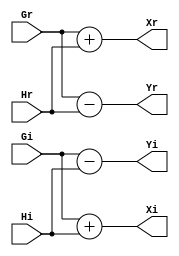
module BF (Gr,Gi,Hr,Hi,Xr,Xi,Yr,Yi);
parameter BW = 16;

input signed [BW-1:0] Gr,Gi,Hr,Hi;
output signed [BW:0] Xr,Xi,Yr,Yi;

assign Xr = Gr+Hr;
assign Xi = Gi+Hi;
assign Yr = Gr-Hr;
assign Yi = Gi-Hi;

endmodule